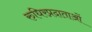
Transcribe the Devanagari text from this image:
रुधिरप्रदाताओं